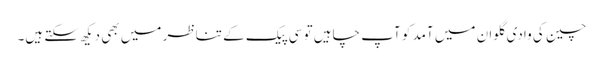
چین کی وادی گلوان میں آمد کو آپ چاہیں تو سی پیک کے تناظر میں بھی دیکھ سکتے ہیں۔